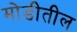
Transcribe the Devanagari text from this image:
मोडीतील